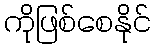
ကိုဖြစ်စေနိုင်